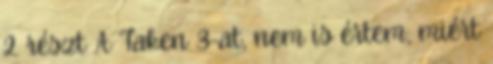
2. részt A Taken 3-at, nem is értem, miért